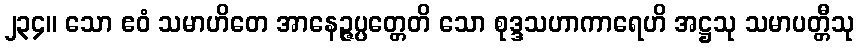
၂၃၄။ သော ဧဝံ သမာဟိတေ အာနေဉ္ဇပ္ပတ္တေတိ သော စုဒ္ဒသဟာကာရေဟိ အဋ္ဌသု သမာပတ္တီသု